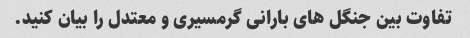
تفاوت بین جنگل های بارانی گرمسیری و معتدل را بیان کنید.